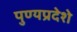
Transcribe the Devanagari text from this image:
पुण्यप्रदेशे